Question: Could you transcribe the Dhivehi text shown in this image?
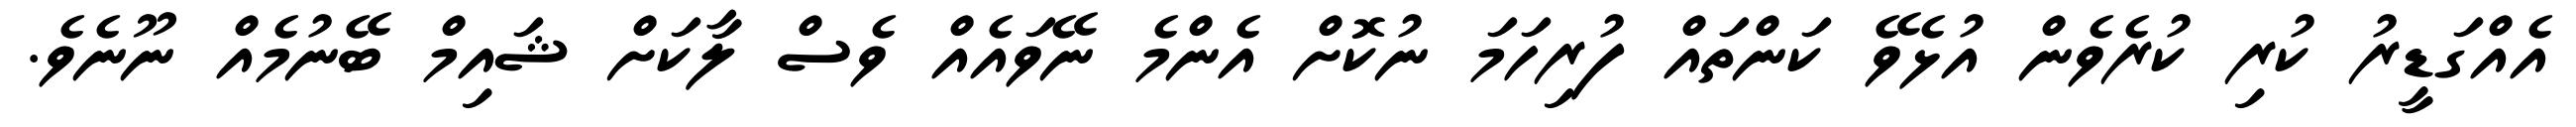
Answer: އެއްގަޑީރު ކުރި ކުރެވެން އުޅެވޭ ކަންތައް ފުރިހަމަ ނުކޮށް އެންމެ ނޭވައެއް ވެސް ލާކަށް ޝައިމް ބޭނުމެއް ނޫނެވެ.